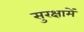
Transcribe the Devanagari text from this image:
सुरक्षामें